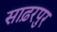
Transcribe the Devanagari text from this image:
साढ़रपुर